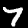
Label: 7